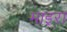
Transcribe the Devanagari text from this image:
माइरा